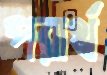
পরার্থ